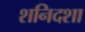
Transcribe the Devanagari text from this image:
शनिदशा